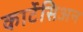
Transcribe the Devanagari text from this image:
कार्टेसिअन